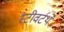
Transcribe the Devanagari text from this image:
स्टीवर्टथे